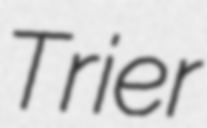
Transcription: Trier